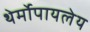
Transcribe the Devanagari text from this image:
थेर्मोपायलेय